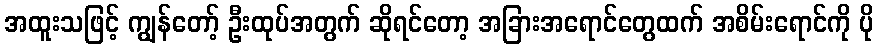
အထူးသဖြင့် ကျွန်တော့် ဦးထုပ်အတွက် ဆိုရင်တော့ အခြားအရောင်တွေထက် အစိမ်းရောင်ကို ပို